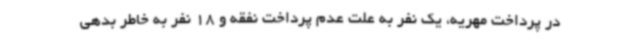
در پرداخت مهریه، یک نفر به علت عدم پرداخت نفقه و 18 نفر به خاطر بدهی